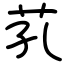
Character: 芤